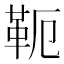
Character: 𩉴